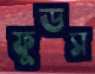
ফুডস